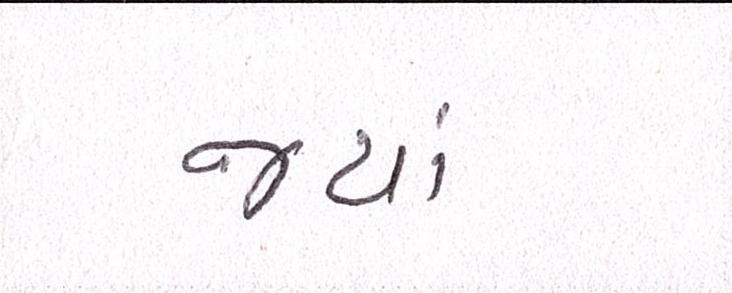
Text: જ્યાં